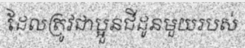
ដែលត្រូវជាប្អួនជីដូនមួយរបស់